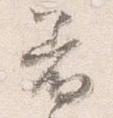
着